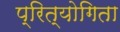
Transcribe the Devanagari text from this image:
प्रित्योगिता